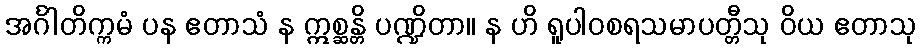
အင်္ဂါတိက္ကမံ ပန ဧတာသံ န ဣစ္ဆန္တိ ပဏ္ဍိတာ။ န ဟိ ရူပါဝစရသမာပတ္တီသု ဝိယ ဧတာသု